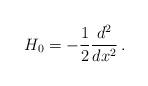
LaTeX: \begin{align*}H_0=-\frac{1}{2}\frac{d^2}{dx^2}\,.\end{align*}